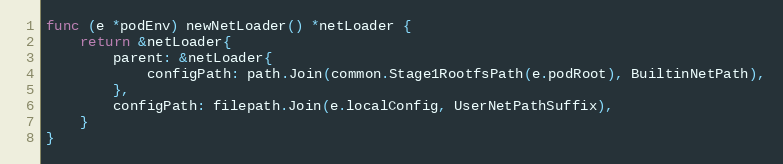
Language: Go
func (e *podEnv) newNetLoader() *netLoader {
	return &netLoader{
		parent: &netLoader{
			configPath: path.Join(common.Stage1RootfsPath(e.podRoot), BuiltinNetPath),
		},
		configPath: filepath.Join(e.localConfig, UserNetPathSuffix),
	}
}